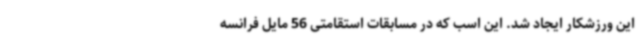
این ورزشکار ایجاد شد. این اسب که در مسابقات استقامتی 56 مایل فرانسه